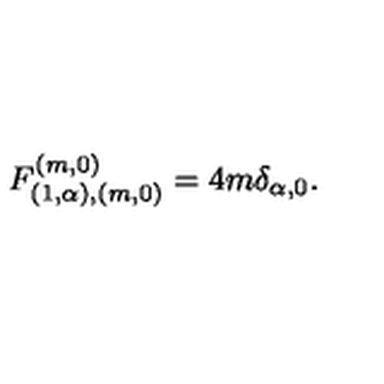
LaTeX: F _ { ( 1 , \alpha ) , ( m , 0 ) } ^ { ( m , 0 ) } = 4 m \delta _ { \alpha , 0 } .